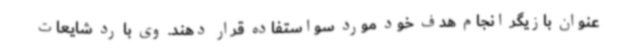
عنوان بازیگر انجام هدف خود مورد سواستفاده قرار دهند. وی با رد شایعات